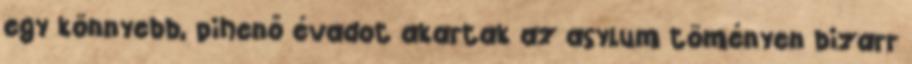
egy könnyebb, pihenő évadot akartak az asylum töményen bizarr